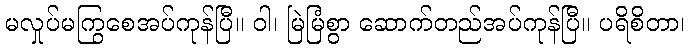
မလှုပ်မကြွစေအပ်ကုန်ပြီ။ ဝါ၊ မြဲမြံစွာ ဆောက်တည်အပ်ကုန်ပြီ။ ပရိစိတာ၊